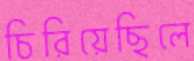
চিরিয়েছিলে